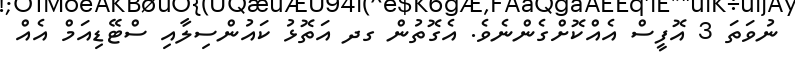
ނުވަތަ 3 އޮފީސް އެއްކޮށްގެންނެވެ. އެގޮތުން ގދ އަތޮޅު ކައުންސިލާއި ސްޓޭޑިއަމް އެއް